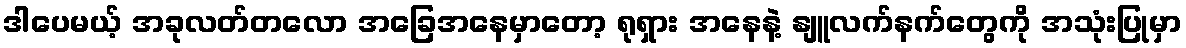
ဒါပေမယ့် အခုလတ်တလော အခြေအနေမှာတော့ ရုရှား အနေနဲ့ နျူလက်နက်တွေကို အသုံးပြုမှာ